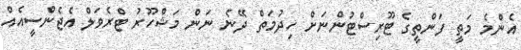
އެންމެ މަތީ ފަންތީގެ ޓޫރިސްޓުންނަށް ހިދުމަތް ދޭނެ ނަން މަޝްހޫރު ޓްރެވަލް އެޖެންސީއެއް